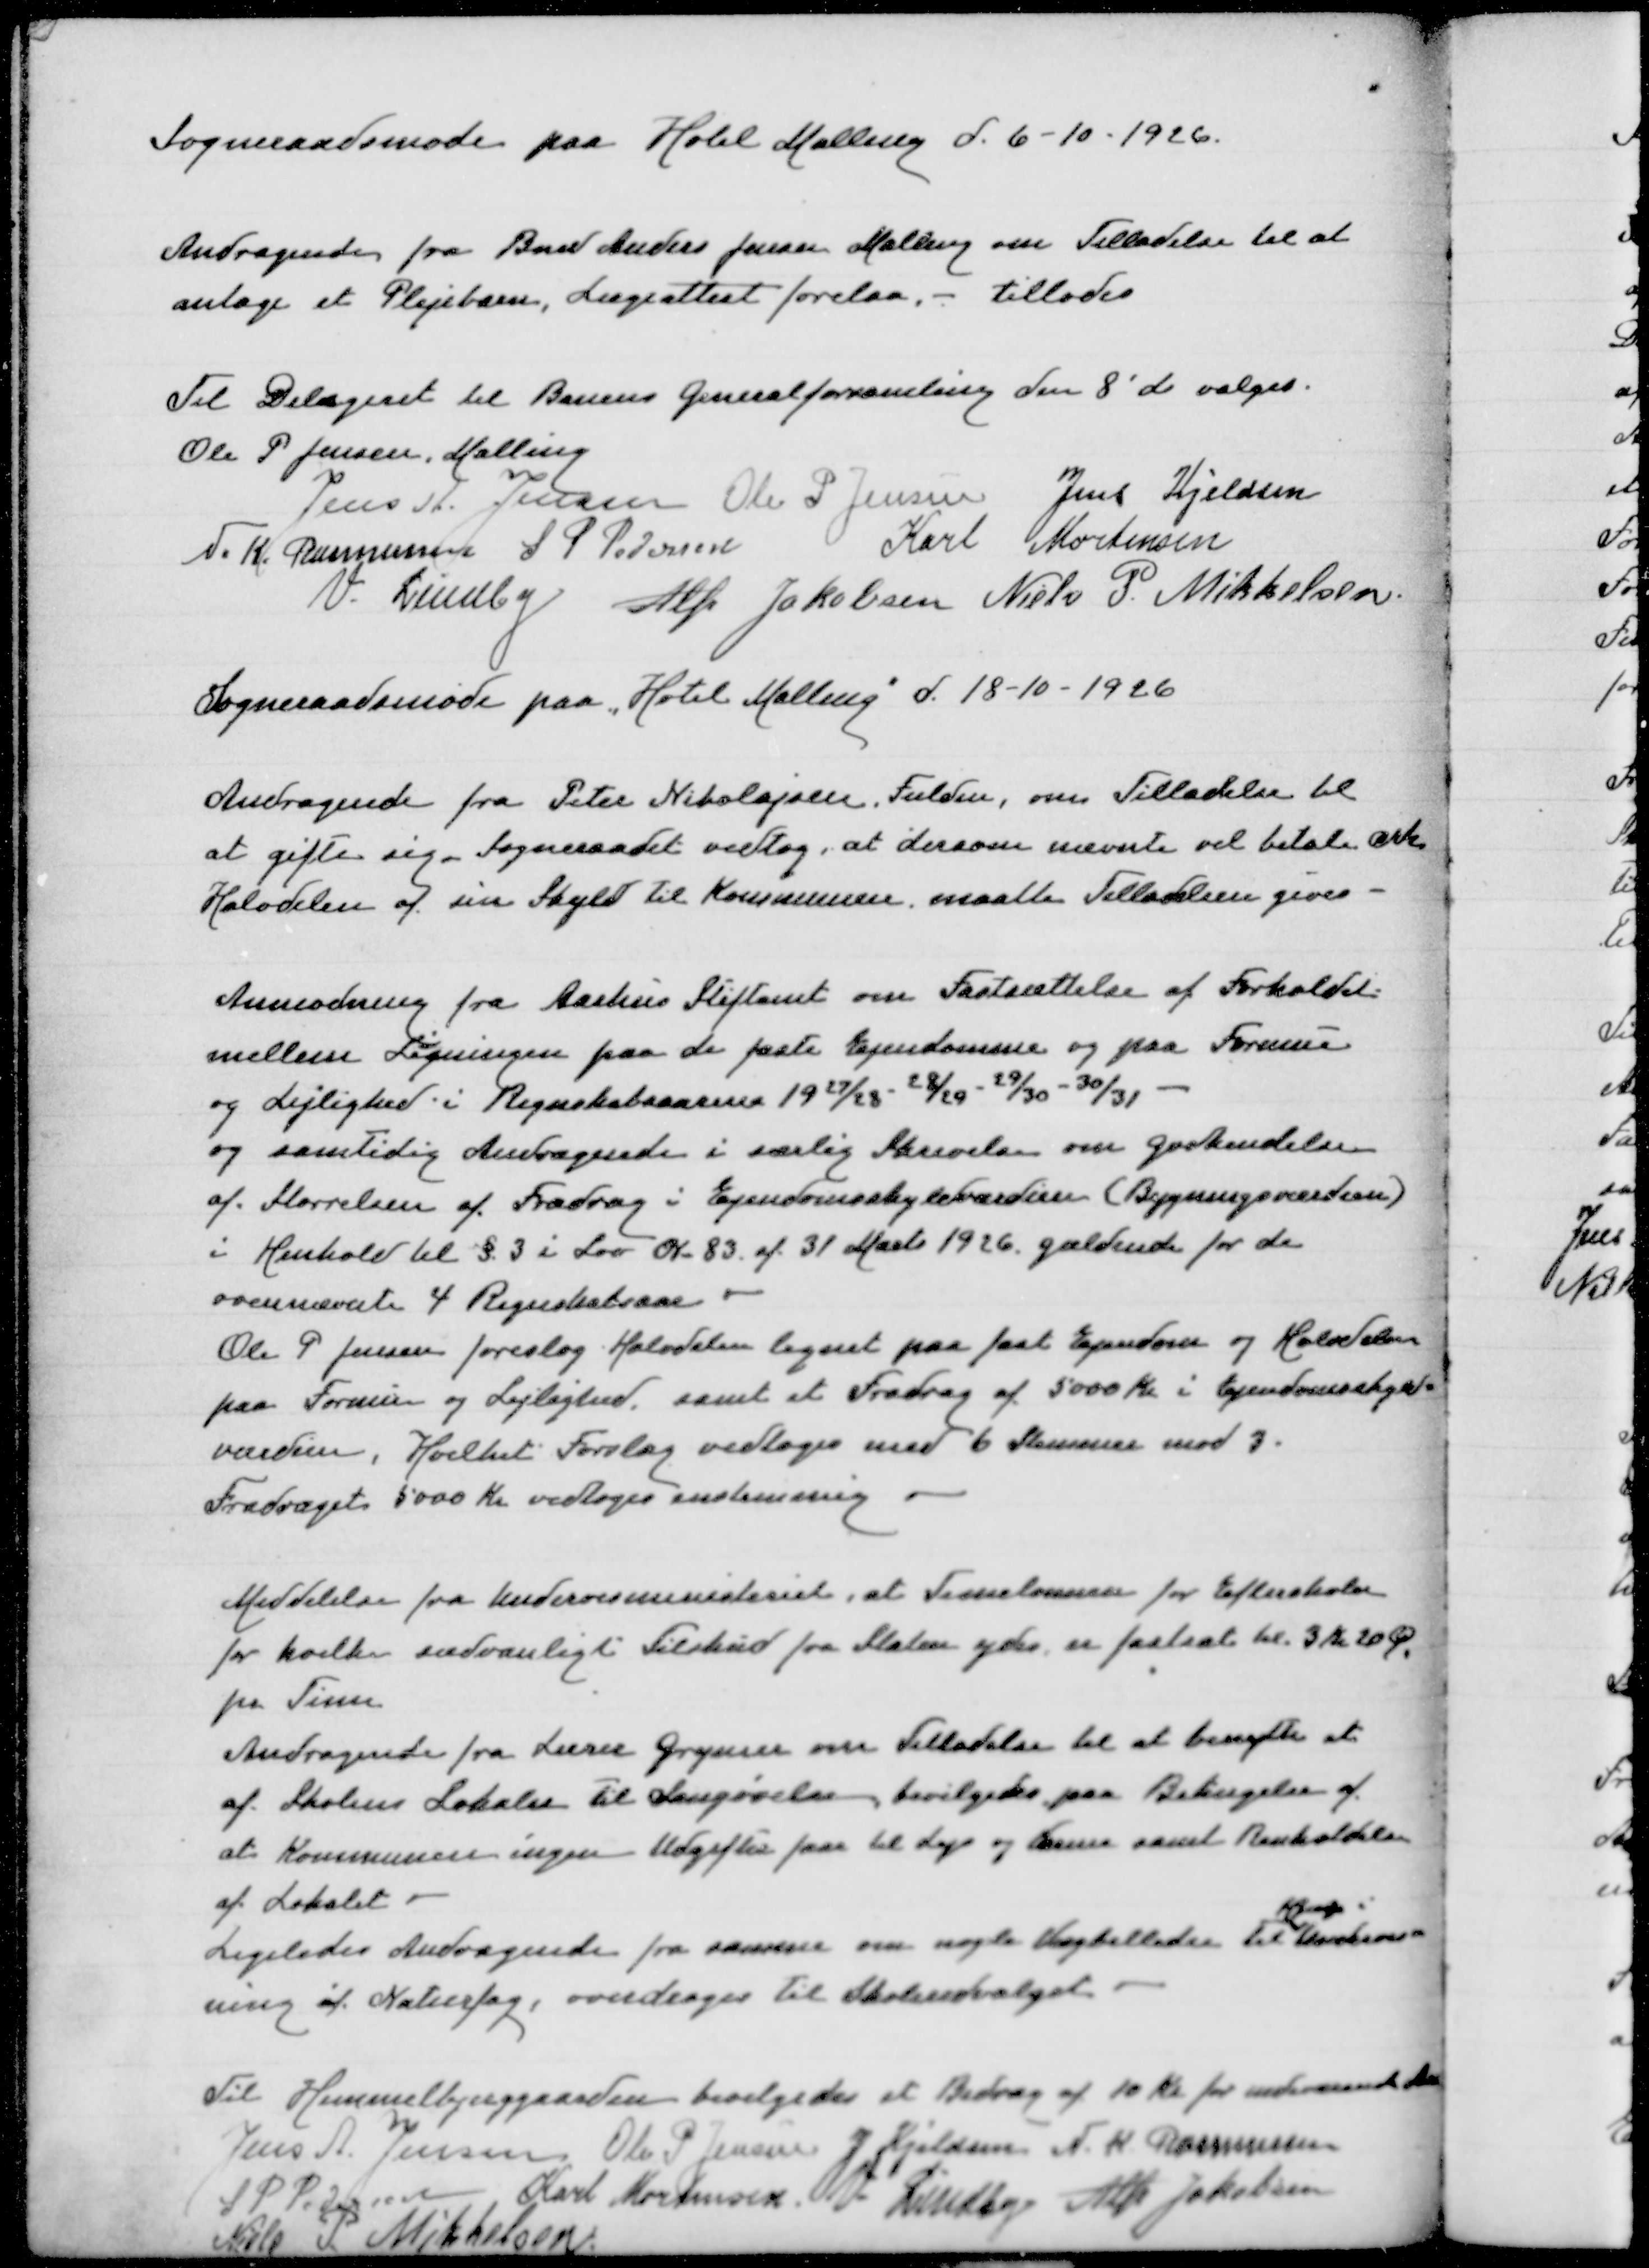
Transskription:
Sogneraadsmøde paa Hotel Malling d 6-10-1926

Andragende fra Bmd Anders Jensen Malling om Tilladelse til at
antage et plejebarn, Lægeattest forelaa - tillades

Til delegeret vedBanensGeneralforsamlingden 8' ds valges
Ole P Jensen Malling
Jens A Jensen
Ole P Jensen
Jens Kjeldsen
N K Rasmussen
S P Pedersen
Karl Mortensen
V Lindby
Alfr Jakobsen
Niels P Mikkelsen
Sogneraadsmøde paa"Hotel Malling" d 18-10-1926

Andragende fra Peter Nikolajsen, Fulden, om Tilladelse til
at gifte sig.Sogneraadet vedtog, at dersom nævnte vil betale crk
Halvdelen af sin Skyld til Kommunen maatte Tilladelsen gives

Anmodning frea Aarhus Stiftamt om Fastsættelse af Forholdet
mellem Ligningenpaa de faste Ejendomme og paa Formue
og Lejlighed i Regnskabsaarene 1927/28 - 28/29 - 29/30 - 30/31
ogsamtidig Andragende i særlig Skrivelse om Godkendelse
af Størrelsen af Fradrag i Ejendomsskyldværdien (Bygningsværdien)
i Henhold til §3 i Lov N. 83 af 31 Marts 1926 gældende for de
ovennævnte 4 Regnskabsaar
Ole P Jensen foreslog Halvdelen lignet paa fast Ejendom og Halvdelen
paa Fornue og Lejlighed, samt et Fradrag af 5000 Kr i Ejendomsskyld=
værdien, Hvilket Forslag vedtoges med 6 Stemmer mod 3
Forslaget 5000 Kr vedtoges enstemmig

Meddelelse fra Undervisningsministeriet at Timelønnen for Efterskoler
for hvilken sædvaligt Tilskud fra Staten ydes, er fastsat til 3 Kr 20 Øre
pr Time
AndragendefraLærer Gregersen om Tilladelse til at benytte et
af Skolens Lokaler til Sangøvelser, bevilgedes paa Betingelse af
at Kommunen ingen Udgifter faar til Lys og Varmesamt Renholdelse
af Lokalet
Hjælp i
Ligeledes Andragende fra samme om nogle Vægbilleder til Undervis=
ning i Naturfag, overdroge til Skoleudvalget

Til Himmelbjerggaarden bevilgedes et Bidrag af 10 Kr for indeværende Aar
Jens A Jensen
Ole P Jensen
J Kjeldsen
N K Rasmussen
S P Pedersen
Karl Mortensen
V Lindby
Alfr Jakobsen
Niels P Mikkelsen